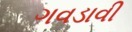
ગવડાવી